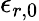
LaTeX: \epsilon_{r,0}